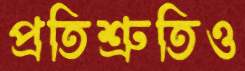
প্রতিশ্রুতিও